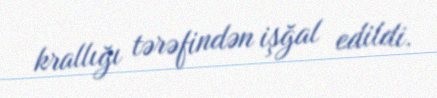
krallığı tərəfindən işğal edildi.